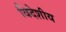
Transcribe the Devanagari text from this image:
विदेशीय